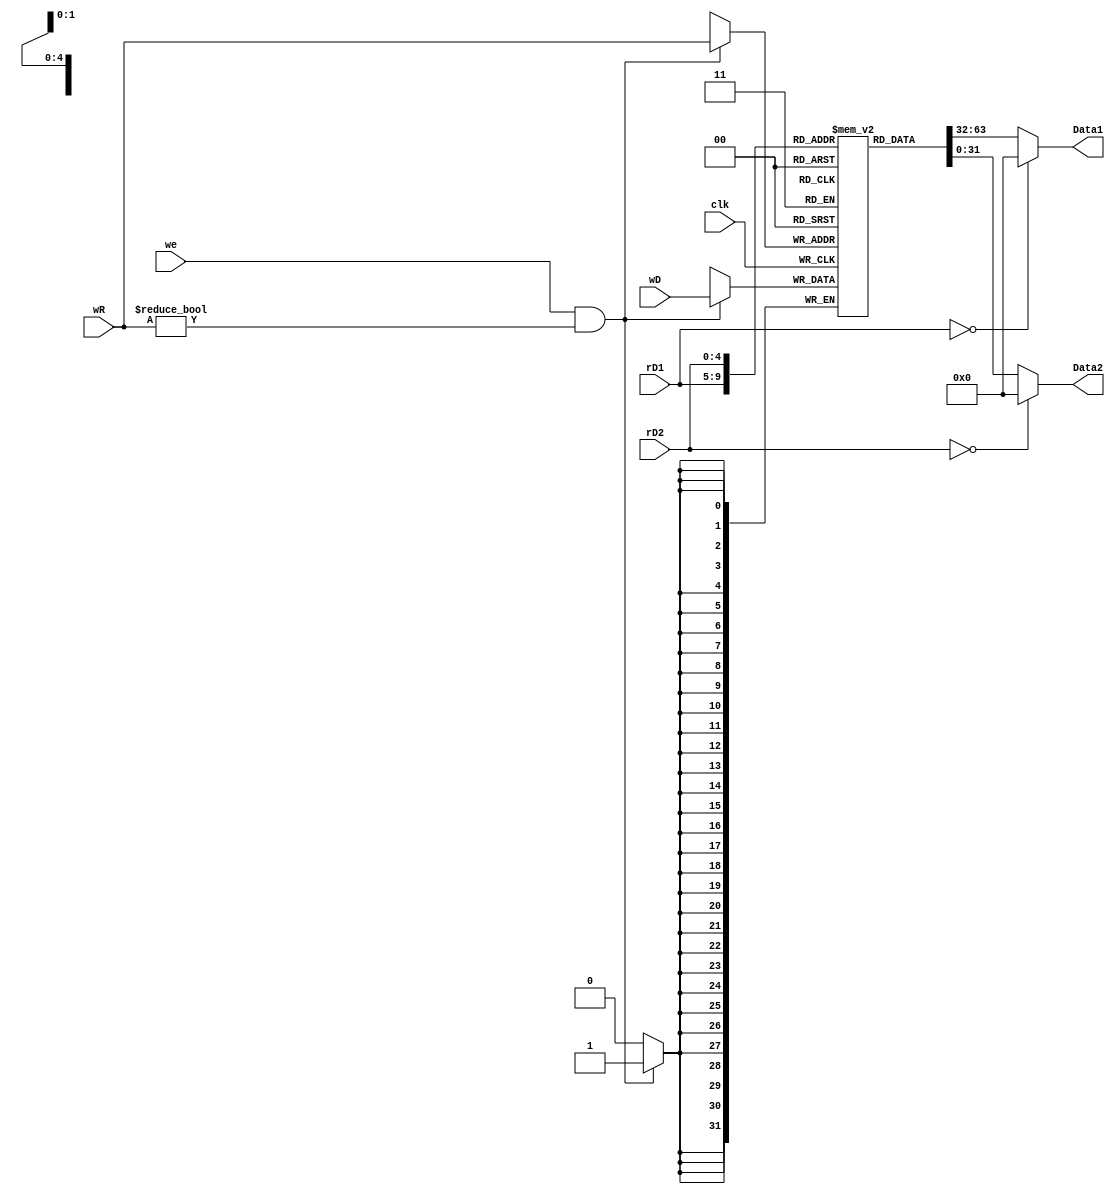
`timescale 1ns / 1ps

module RF(
    input clk,
    input we,
    input wire [4:0] rD1,
    input wire [4:0] rD2,
    input wire [4:0] wR,
    input wire [31:0] wD,
    output wire [31:0] Data1,
    output wire [31:0] Data2
    );
//
reg [31:0] DataReg [31:0]; //32 * 32 bits
//
assign Data1= (rD1==5'b0)?32'b0:DataReg[rD1];
assign Data2= (rD2==5'b0)?32'b0:DataReg[rD2];

always @(posedge clk) begin
    if(we && wR!=5'b0) begin
        DataReg[wR] <= wD; 
    end
end

endmodule